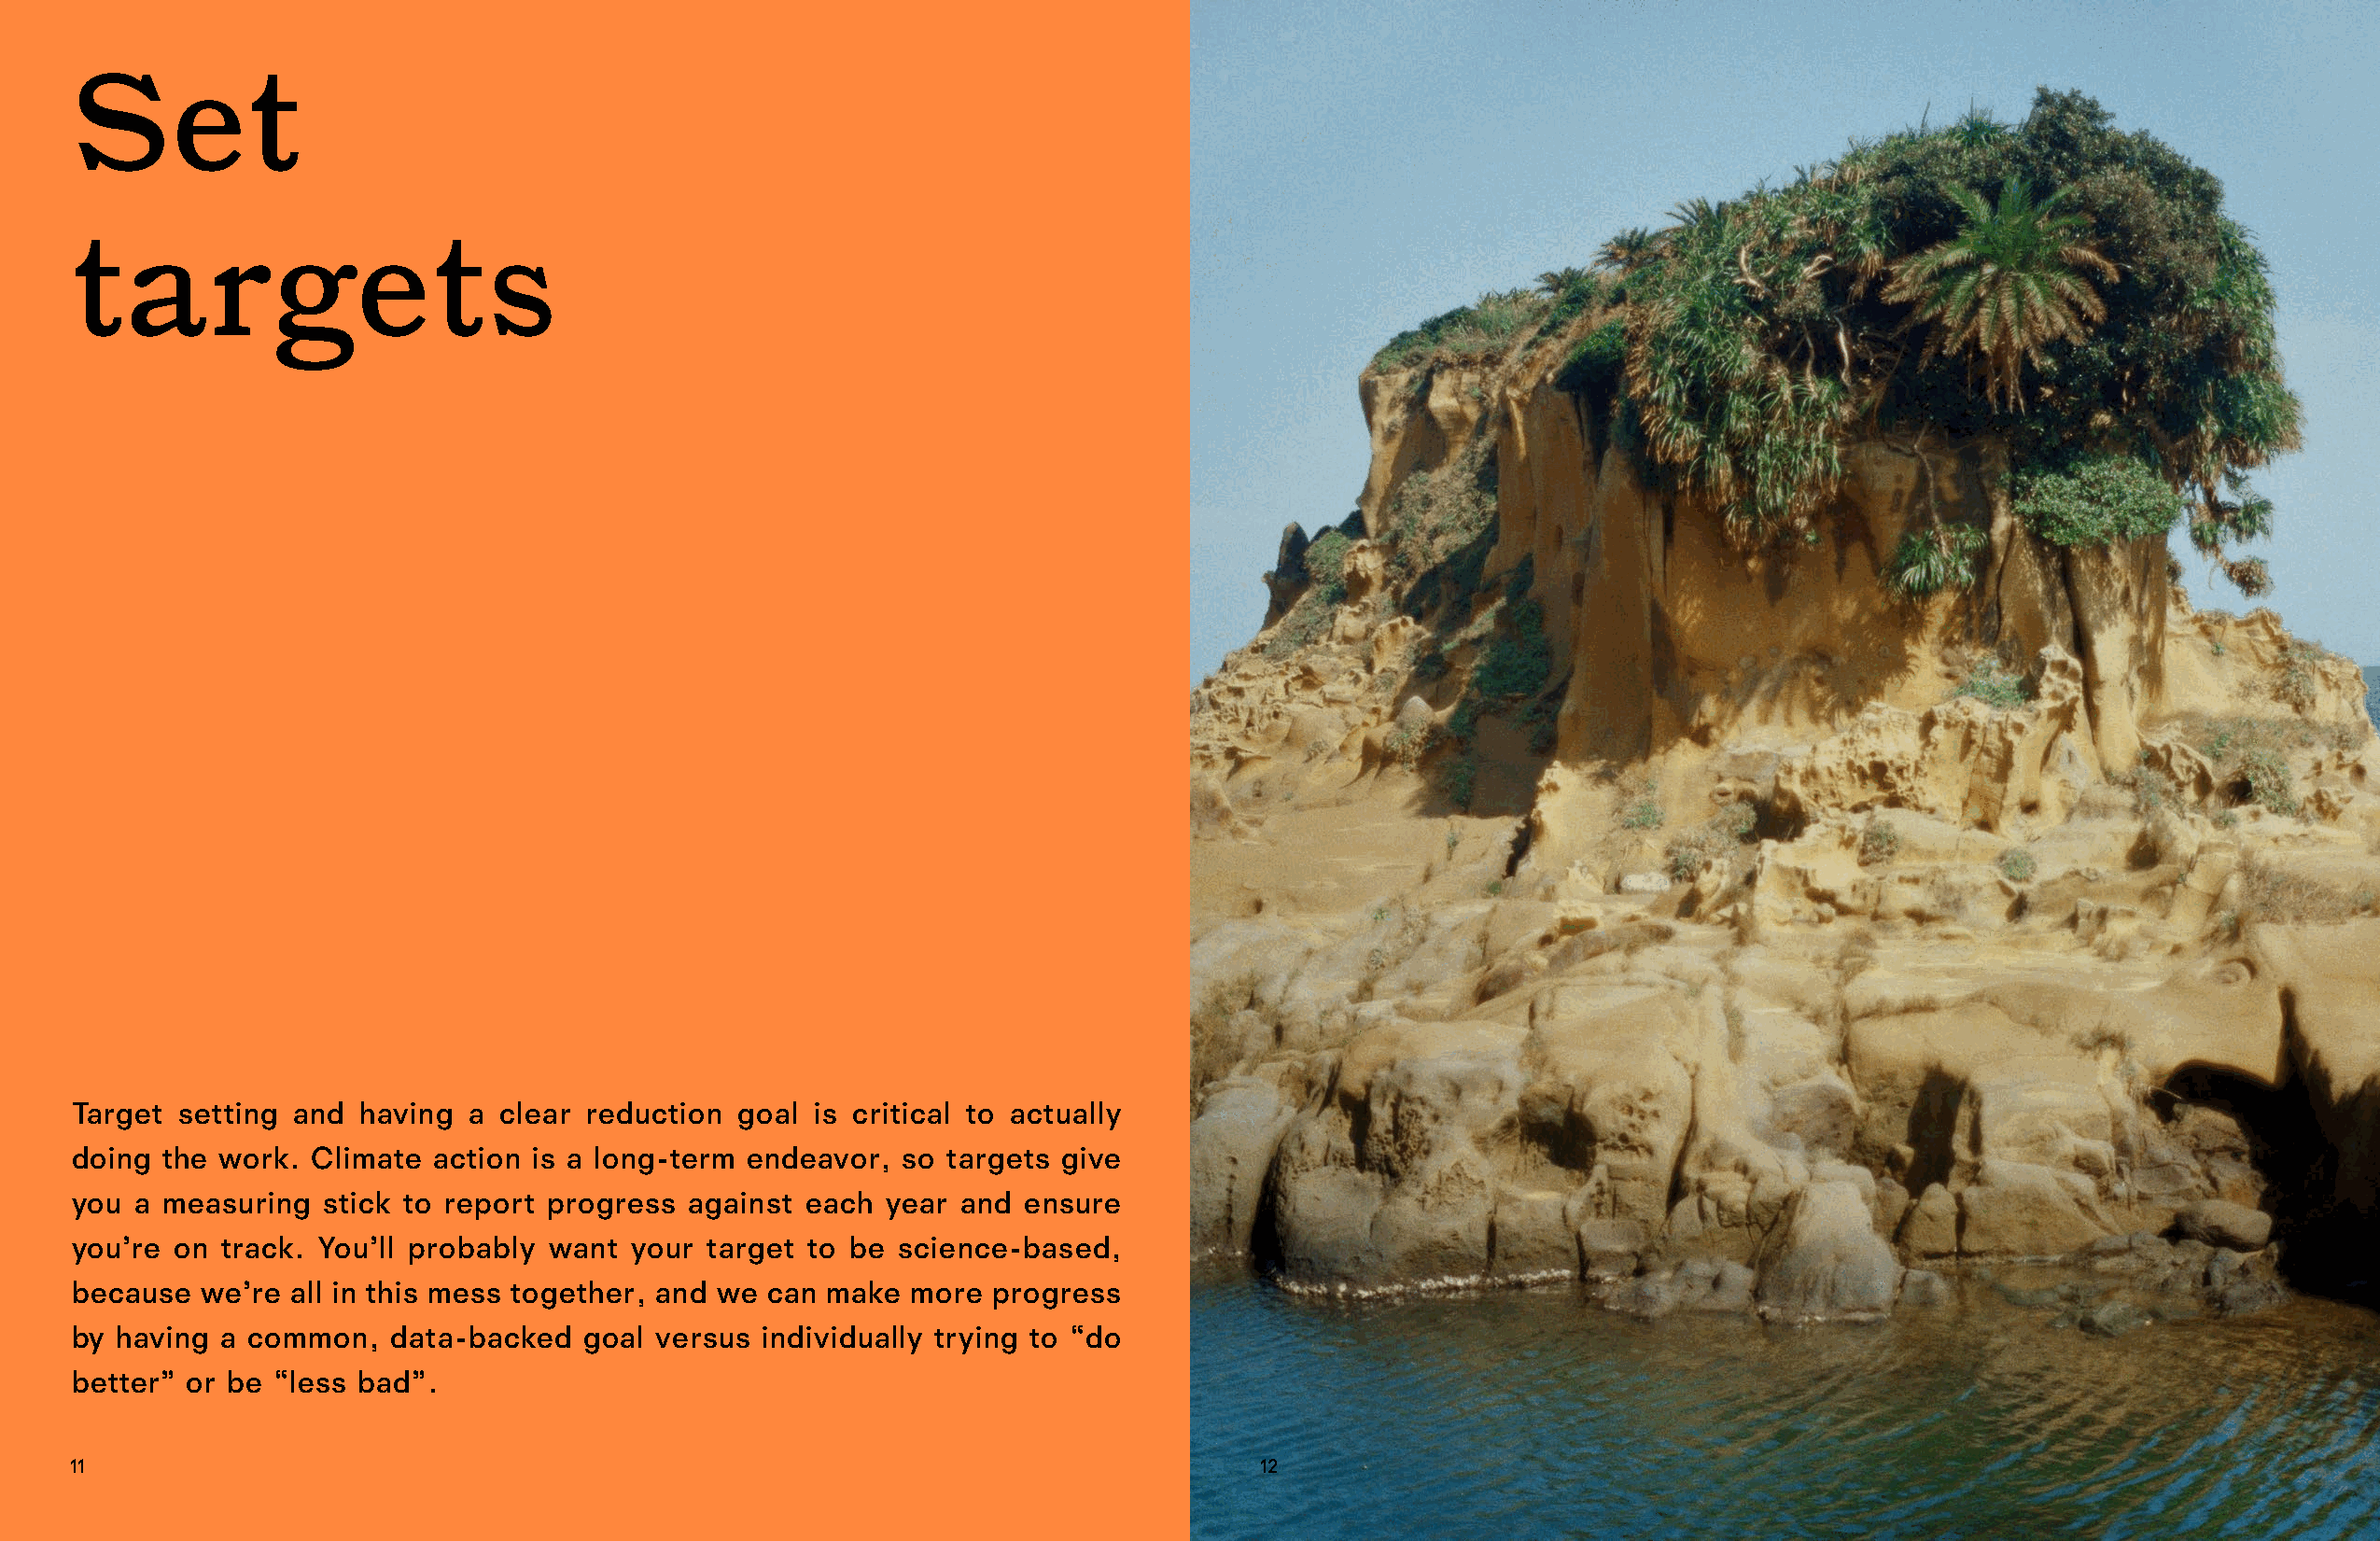
Set
 targets
 Target  setting and  having a clear  reduction goal  is critical to actually
 doing  the work. Climate  action is a long-term endeavor,  so targets give
 you  a measuring  stick to report progress  against each  year and  ensure
 you’re on  track. You’ll probably want  your target to be  science-based,
 because  we’re  all in this mess together, and we can make  more progress
 by having  a common,   data-backed  goal  versus individually trying to “do
 better” or be “less bad”.
 11                                                                                  12